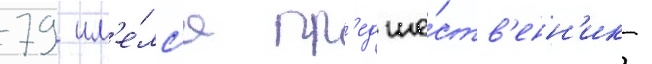
79 им'е́лс'я пр'едше́ств'енн'ик